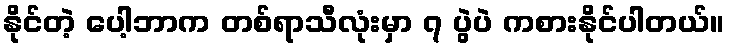
နိုင်တဲ့ ပေါ့ဘာက တစ်ရာသီလုံးမှာ ၇ ပွဲပဲ ကစားနိုင်ပါတယ်။